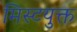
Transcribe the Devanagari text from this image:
मिस्टयुक्त